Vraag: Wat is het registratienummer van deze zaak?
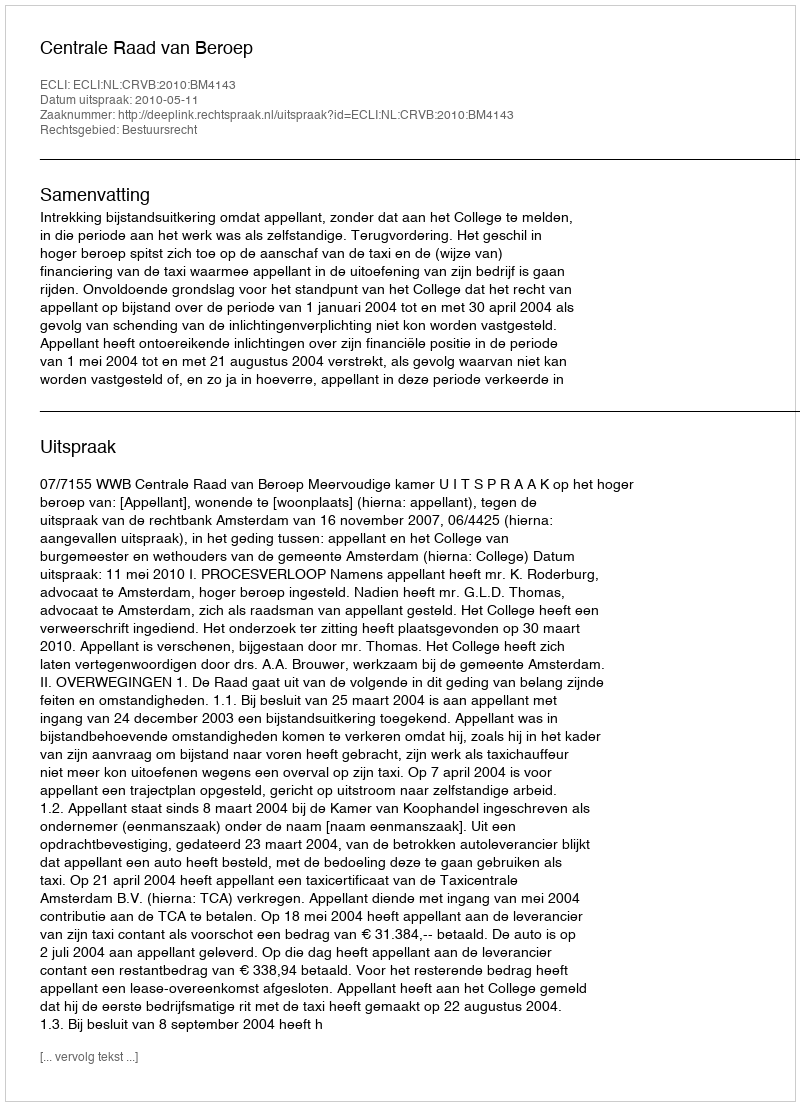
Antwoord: http://deeplink.rechtspraak.nl/uitspraak?id=ECLI:NL:CRVB:2010:BM4143